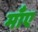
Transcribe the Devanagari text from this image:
माँए